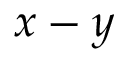
x - y